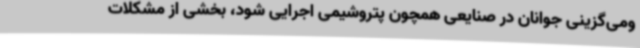
ومی‌گزینی جوانان در صنایعی همچون پتروشیمی اجرایی شود، بخشی از مشکلات